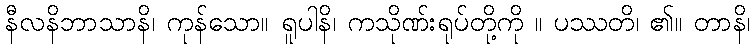
နီလနိဘာသာနိ၊ ကုန်သော။ ရူပါနိ၊ ကသိုဏ်းရုပ်တို့ကို ။ ပဿတိ၊ ၏။ တာနိ၊